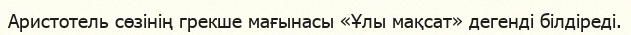
Аристотель сөзінің грекше мағынасы «Ұлы мақсат» дегенді білдіреді.